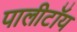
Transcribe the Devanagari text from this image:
पालीटॉय